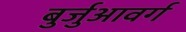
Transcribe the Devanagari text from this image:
बुर्जुआवर्ग